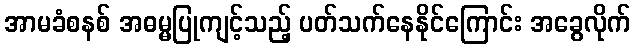
အာမခံစနစ် အဓမ္မပြုကျင့်သည့် ပတ်သက်နေနိုင်ကြောင်း အခွေလိုက်